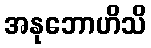
အနုဘောဟိသိ